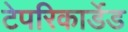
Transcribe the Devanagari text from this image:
टेपरिकार्डेड